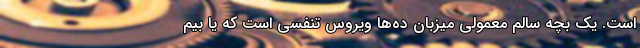
است. یک بچه سالمِ معمولی میزبانِ ده‌ها ویروسِ تنفسی است که یا بیم